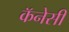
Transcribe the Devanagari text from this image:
कॅनेसी